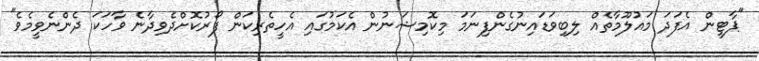
"ޕާޓީން އެފަދަ މައުލޫމާތެއް ލިބިވަޑައިނުގެންފިނަމަ މިކޮމިޝަނުން އެކަމުގައި އެހީތެރިކަން ފޯރުކޮށްދެވިދާނެ ވާހަކަ ދެންނެވީމެވެ"